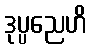
ဒုပ္ပညေဟိ